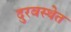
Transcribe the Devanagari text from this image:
दुरवस्थेत